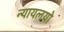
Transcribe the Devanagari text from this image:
न्यायलयो